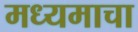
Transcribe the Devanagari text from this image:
मध्यमाचा